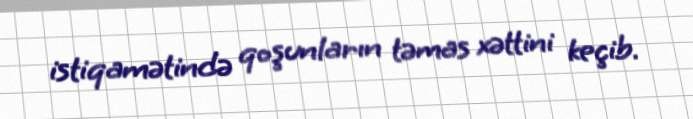
istiqamətində qoşunların təmas xəttini keçib.